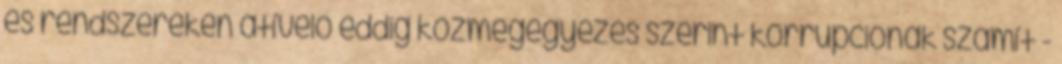
és rendszereken átívelő eddig közmegegyezés szerint korrupciónak számít -